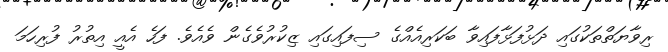
ރިވާޔަތްތަކުގައި ދަޅުފަޅާފައިވާ ބަކަރިއެއްގެ ސިފައިގައި ޒިކުރުވެގެން ވެއެވެ. ފަހެ އެއީ އިތުރު ފުރިހަމަ